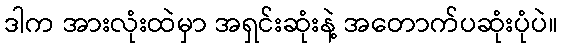
ဒါက အားလုံးထဲမှာ အရှင်းဆုံးနဲ့ အတောက်ပဆုံးပုံပဲ။